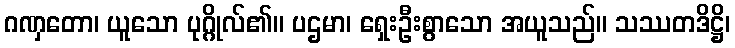
ဂဏှတော၊ ယူသော ပုဂ္ဂိုလ်၏။ ပဌမာ၊ ရှေးဦးစွာသော အယူသည်။ သဿတဒိဋ္ဌိ၊